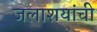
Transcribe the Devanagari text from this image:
जलाशयांची